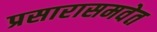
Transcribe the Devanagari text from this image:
प्रसारासमवेत